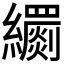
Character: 𦇧